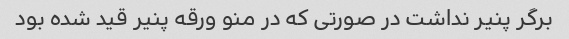
برگر پنیر نداشت در صورتی که در منو ورقه پنیر قید شده بود